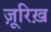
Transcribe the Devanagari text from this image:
ज़ूरिख़